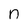
Character: n